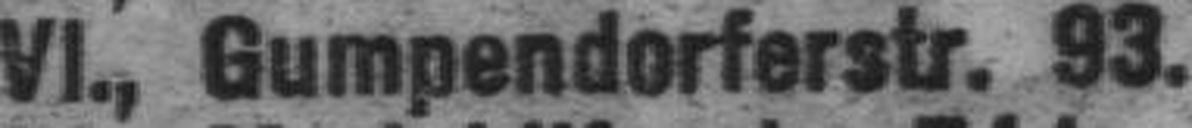
VI., Gumpendorferstr. 93.